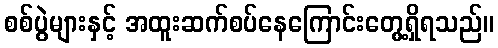
စစ်ပွဲများနှင့် အထူးဆက်စပ်နေကြောင်းတွေ့ရှိရသည်။